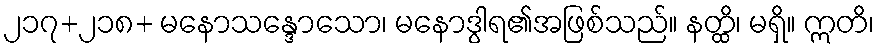
၂၁၇+၂၁၈+ မနောသန္ဒောသော၊ မနောဒွါရ၏အဖြစ်သည်။ နတ္ထိ၊ မရှိ။ ဣတိ၊